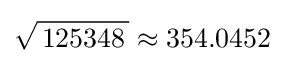
{\sqrt {\,125348\,}}\approx 354.0452